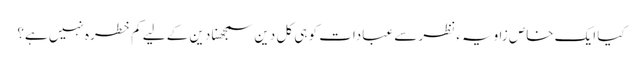
کیا ایک خاص زاویہء نظر سے عبادات کو ہی کل دین سمجھنا دین کے لیے کم خطرہ نہیں ہے؟